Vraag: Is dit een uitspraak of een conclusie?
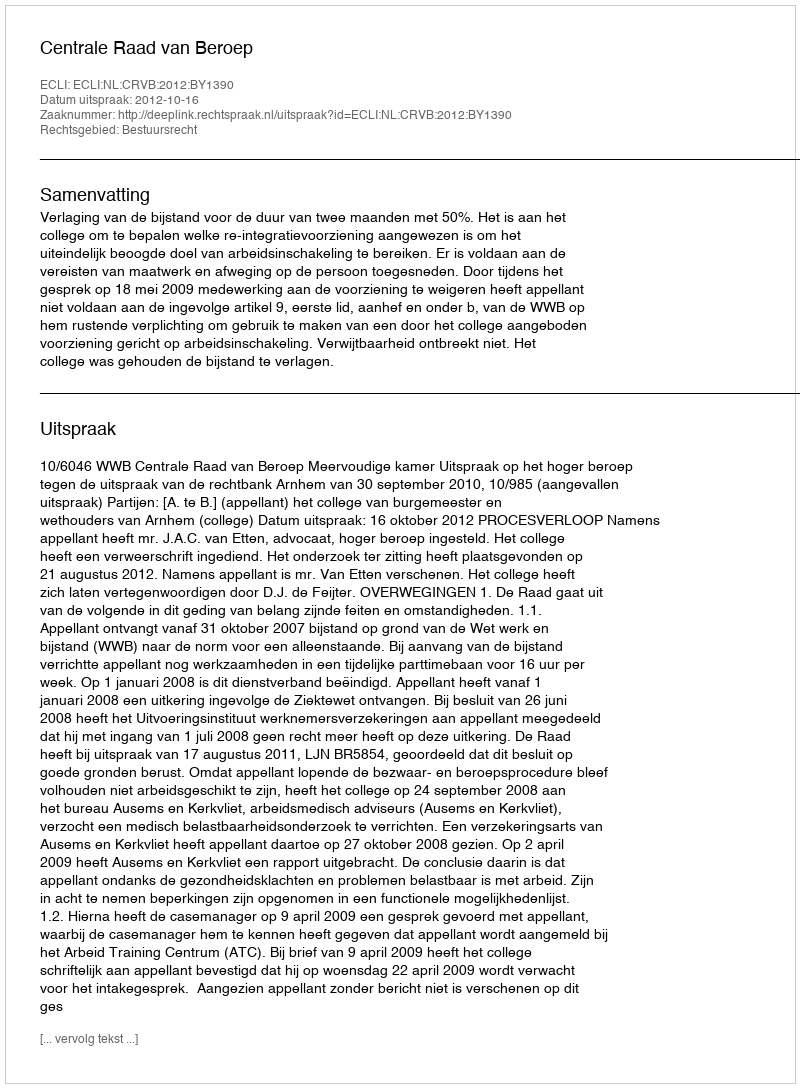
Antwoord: Uitspraak